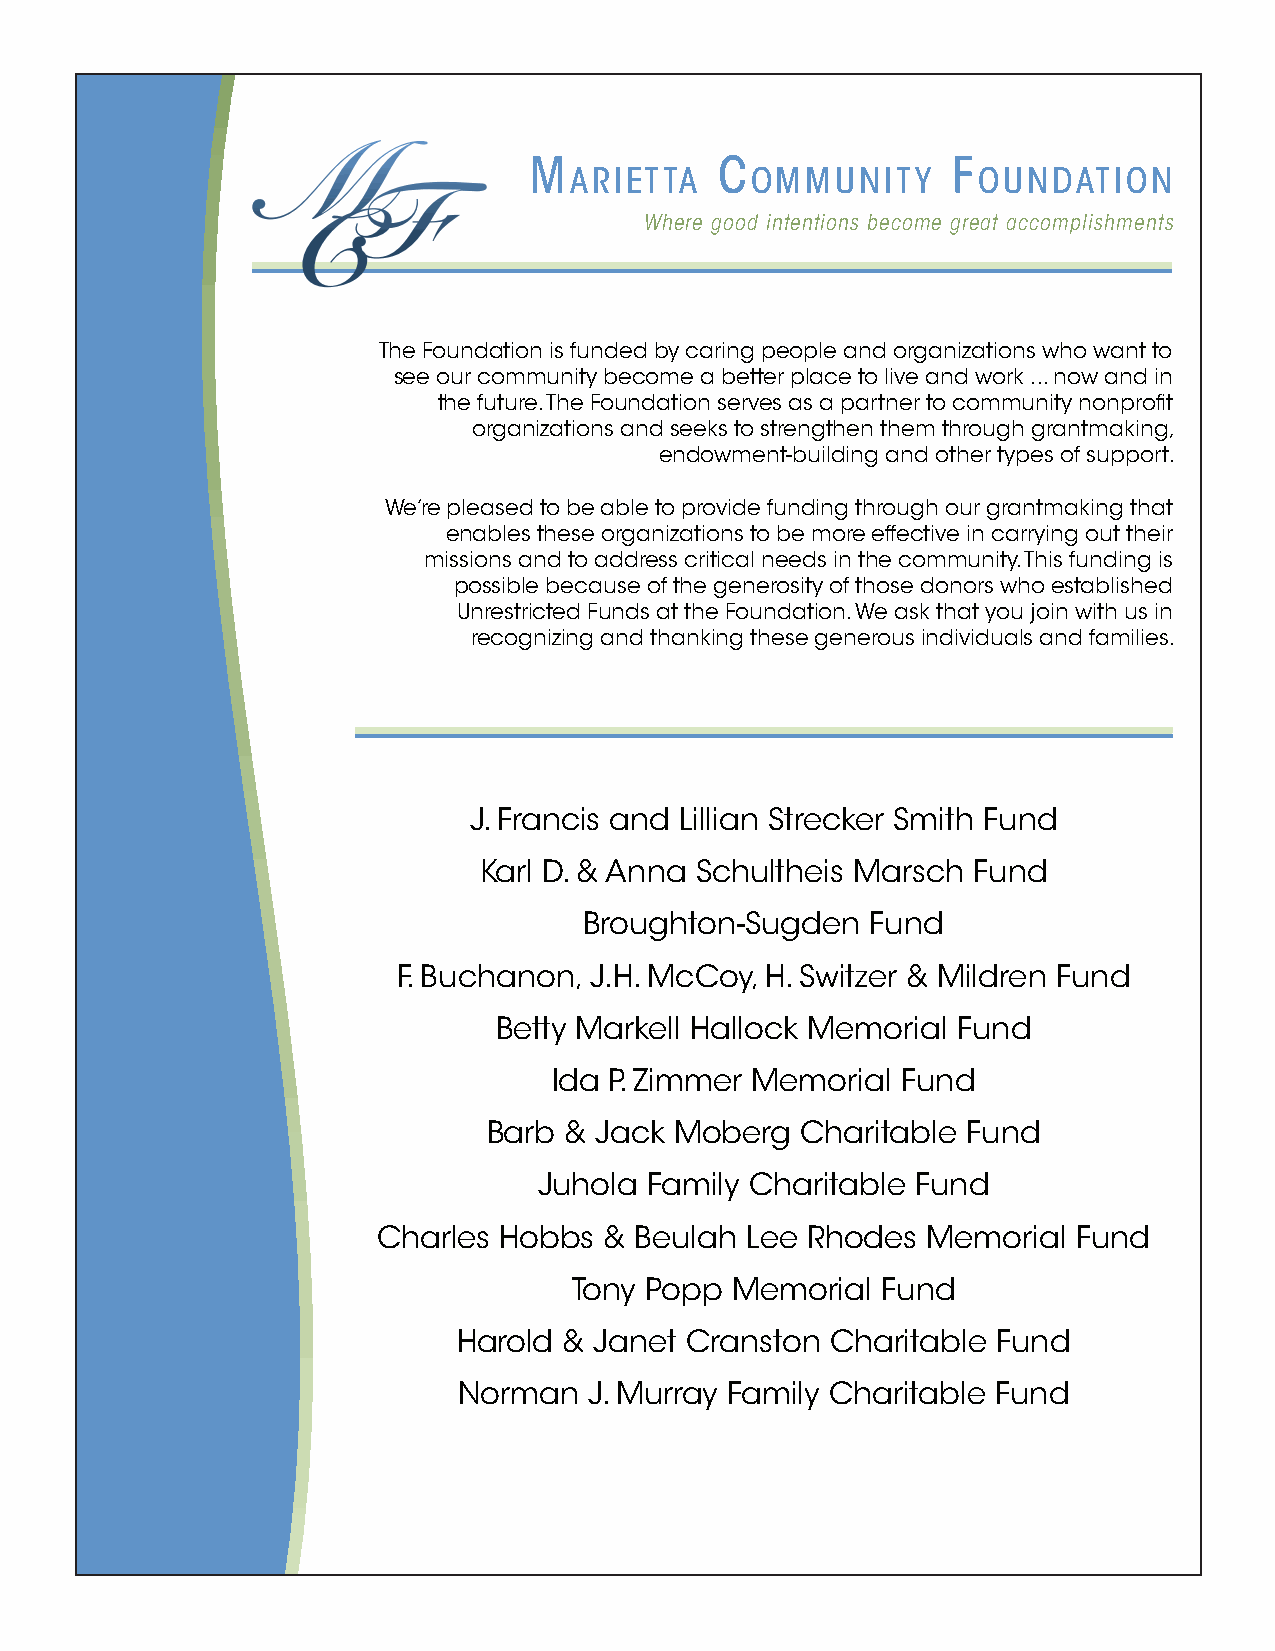
M            C              F
 arietta     oMMunity       oundation
 Where good intentions become great accomplishments
 The Foundation is funded by caring people and organizations who want to
 see our community become a better place to live and work ... now and in
 the future. The Foundation serves as a partner to community nonprofit
 organizations and seeks to strengthen them through grantmaking,
 endowment-building and other types of support.
 We’re pleased to be able to provide funding through our grantmaking that
 enables these organizations to be more effective in carrying out their
 missions and to address critical needs in the community. This funding is
 possible because of the generosity of those donors who established
 Unrestricted Funds at the Foundation. We ask that you join with us in
 recognizing and thanking these generous individuals and families.
 J. Francis and Lillian Strecker Smith Fund
 Karl D. & Anna Schultheis Marsch Fund
 Broughton-Sugden   Fund
 F. Buchanon, J.H. McCoy, H. Switzer & Mildren Fund
 Betty Markell Hallock Memorial Fund
 Ida P. Zimmer Memorial Fund
 Barb & Jack  Moberg  Charitable Fund
 Juhola Family Charitable Fund
 Charles Hobbs  & Beulah Lee Rhodes  Memorial  Fund
 Tony Popp Memorial  Fund
 Harold & Janet Cranston  Charitable Fund
 Norman   J. Murray Family Charitable Fund